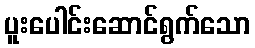
ပူးပေါင်းဆောင်ရွက်သော